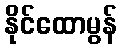
နိုင်ထောမွန်